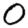
Digit: 0